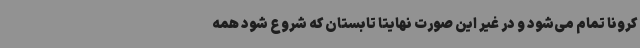
کرونا تمام می‌شود و در غیر این صورت نهایتا تابستان که شروع شود همه